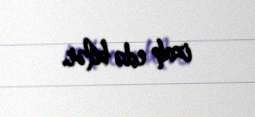
izah edə bilər.